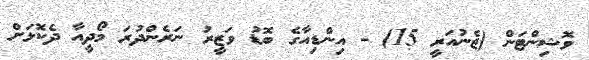
ވޮޝިންޓަން (ޖެނުއަރީ 15) - އިންޑިއާގެ ބޮޑު ވަޒީރު ނަރެންދުރަ މޯދީއާ ދެކޮޅަށް